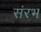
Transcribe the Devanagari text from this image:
संरभ